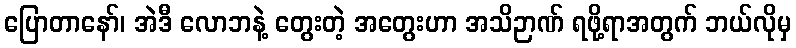
ပြောတာနော်၊ အဲဒီ လောဘနဲ့ တွေးတဲ့ အတွေးဟာ အသိဉာဏ် ရဖို့ရာအတွက် ဘယ်လိုမှ